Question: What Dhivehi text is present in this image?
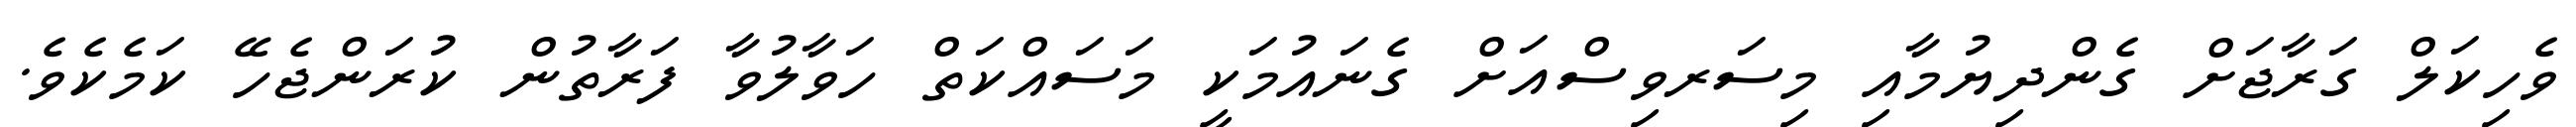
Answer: ވެހިކަލް ގަރާޖަށް ގެންދިޔުމާއި މިސަރވިސްއަށް ގެނައުމަކީ މަސައްކަތް ހަވާލުވާ ފަރާތުން ކުރަންޖެހޭ ކަމެކެވެ.